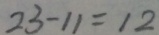
2 3 - 1 1 = 1 2